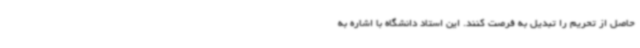
حاصل از تحریم را تبدیل به فرصت کنند. این استاد دانشگاه با اشاره به